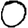
Digit: 0